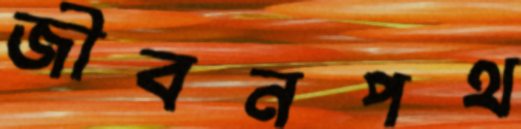
জীবনপথ